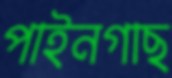
পাইনগাছ